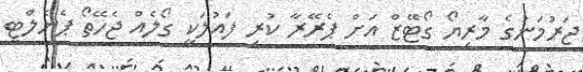
ޖަރުމަނުގެ މާރިޔޯ ގޯޓޭޒް އަށް ޕެރޭރާ ކުރި ފައުލަކީ ގޯލެއް ޖެހޭތޯ ޕެނެލްޓީ